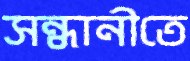
সন্ধানীতে